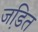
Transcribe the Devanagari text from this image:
जडि़त